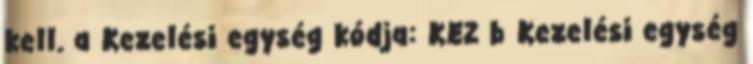
kell. a Kezelési egység kódja: KE2 b Kezelési egység